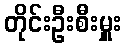
တိုင်းဦးစီးမှူး